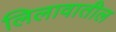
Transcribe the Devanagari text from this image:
लिलावातील